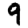
Digit: 9